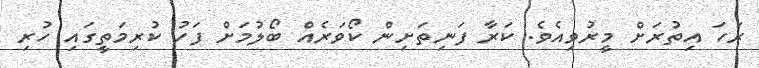
ރަހަ އިތުރަށް މީރުވިއެވެ. ކަރާ ފަނިތަށިން ކޯވަރެއް ބޯލުމަށް ފަހު ކުރިމަތީގައި ހުރި